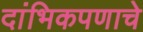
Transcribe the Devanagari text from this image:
दांभिकपणाचे